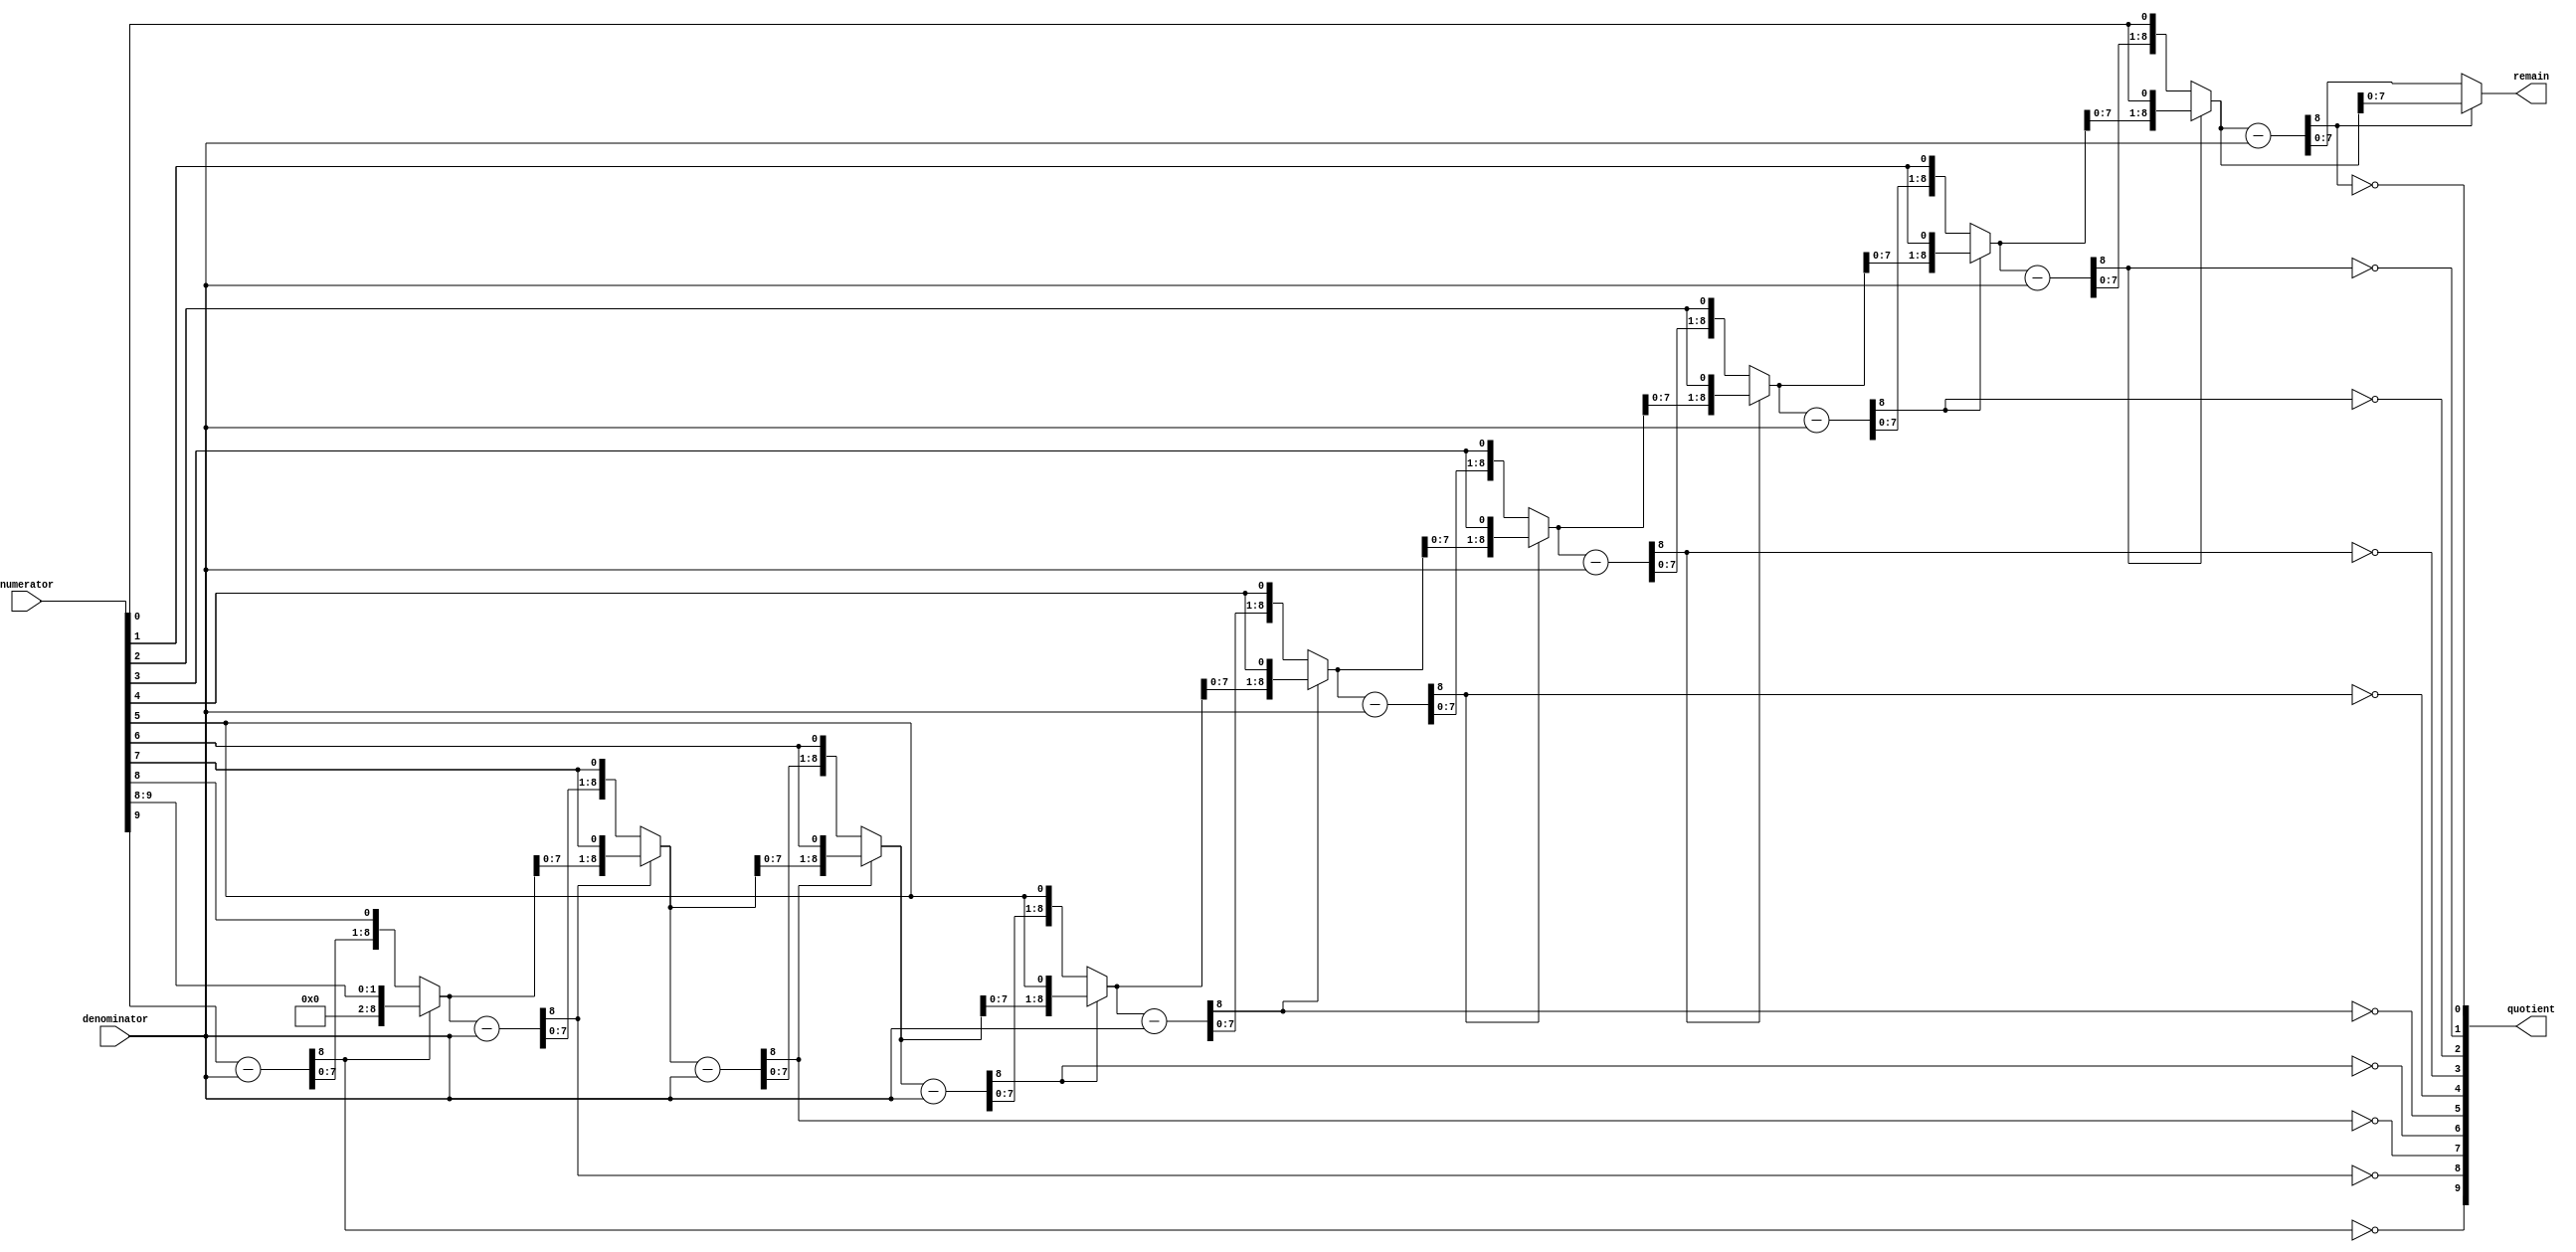
`timescale 1ns / 1ps
//////////////////////////////////////////////////////////////////////////////////
// Company: 
// Engineer: 
// 
// Design Name: 
// Module Name:    m5 
// Project Name: 
// Target Devices: 
// Tool versions: 
// Description: 
//
// Dependencies: 
//
// Revision: 
// Revision 0.01 - File Created
// Additional Comments: 
//
//////////////////////////////////////////////////////////////////////////////////
module divide (
    numerator,
    denominator,
    quotient,
    remain 
);
    parameter N_WIDTH = 10;
    parameter D_WIDTH = 8;

    input  [N_WIDTH - 1: 0] numerator;
    input  [D_WIDTH - 1: 0] denominator;
    output reg [N_WIDTH - 1: 0] quotient;
    output reg [D_WIDTH - 1: 0] remain;

    reg[D_WIDTH: 0] cmp[N_WIDTH - 1: 0];
    reg[D_WIDTH: 0] sub[N_WIDTH - 1: 0];
    

    // got it from the web with small modification
    // delete this later
    integer i;
    always @ (*) begin
        cmp[N_WIDTH - 1] = {{D_WIDTH{1'b0}}, numerator[N_WIDTH - 1]};
        for (i = N_WIDTH - 1; i > 0; i = i - 1) begin
            sub[i] = cmp[i] - {1'b0, denominator};
            quotient[i] = ~sub[i][D_WIDTH];
            if (~sub[i][D_WIDTH]) cmp[i - 1] = {sub[i][D_WIDTH - 1: 0], numerator[i - 1]};
            else cmp[i - 1] = {cmp[i][D_WIDTH - 1: 0], numerator[i - 1]};
        end
        sub[0] = cmp[0] - {1'b0, denominator};
        quotient[0] = ~sub[0][D_WIDTH];
        remain = (quotient[0]) ? sub[0][D_WIDTH - 1: 0] : cmp[0][D_WIDTH - 1: 0];
    end
endmodule